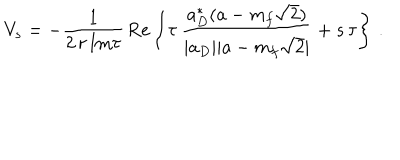
V _ { s } = - \frac { 1 } { 2 \, r \, \mathrm { I m } \tau } \, \mathrm { R e } \left\{ \tau \, \frac { a _ { D } ^ { * } ( a - m _ { f } \sqrt { 2 } ) } { | a _ { D } | | a - m _ { f } \sqrt { 2 } | } + s \, \tau \right\} \, .